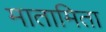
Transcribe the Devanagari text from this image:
मातामिता